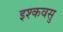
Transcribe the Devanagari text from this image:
इश्कवसु